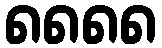
၈၈၈၈